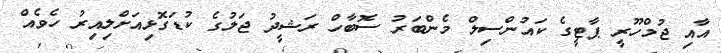
އާއި ޖުމްހޫރީ ޕާޓީގެ ކައުންސިލް މެންބަރު ސޮބާހް ރަޝީދު ޖަލުގެ ކުޑަގޮޅިއަށްލިއިރު ހެވެއް